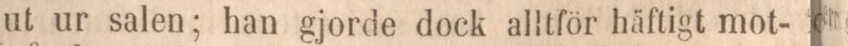
ut ur salen; han gjorde dock alltför häftigt mot-